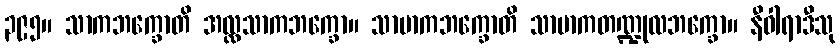
၃၉၅။ သာကဘက္ခောတိ အလ္လသာကဘက္ခော။ သာမာကဘက္ခောတိ သာမာကတဏ္ဍုလဘက္ခော။ နီဝါရာဒီသု